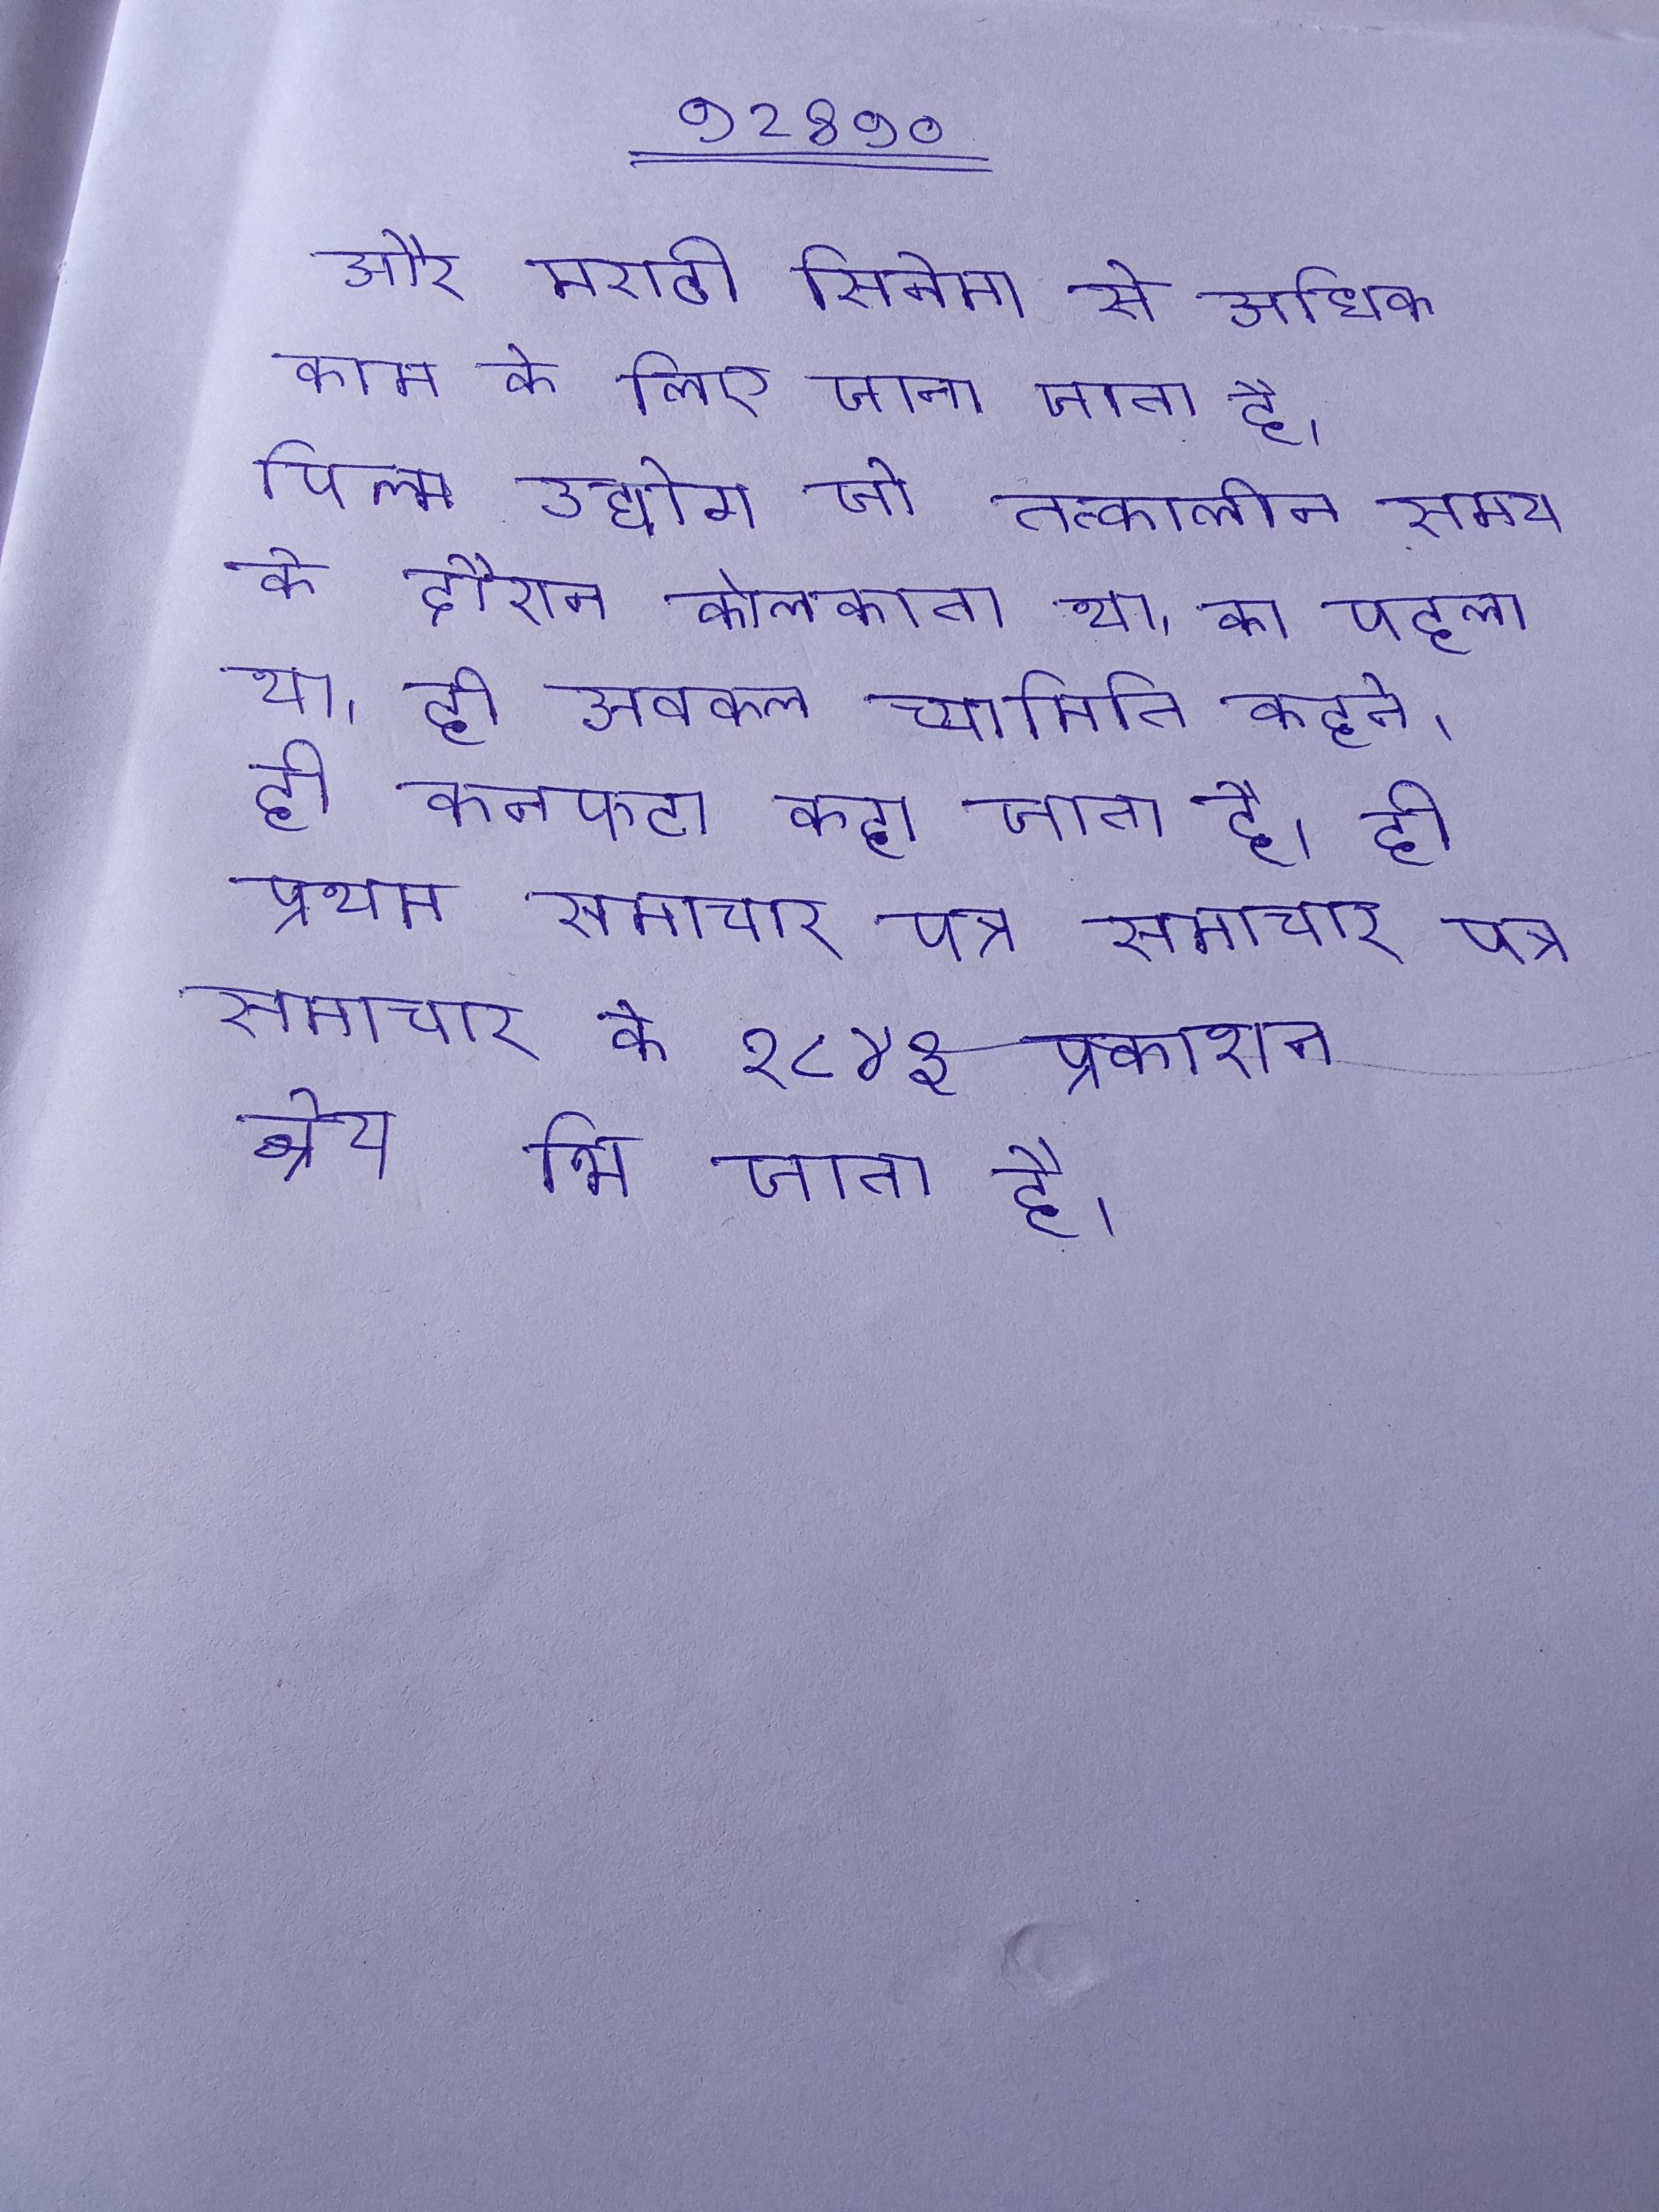
और मराठी सिनेमा से अधिक उनके काम के लिए जाना जाता है । फिल्म उद्योग जो तत्कालीन समय के दौरान कोलकाता था, का पहला सुपरस्टार माना जाता था । ही अवकल ज्यामिति कहते । ही कनफटा कहा जाता है । ही प्रथम समाचार पत्र समाचार के १८४३ प्रकाशन का श्रेय भि जाता है ।